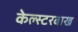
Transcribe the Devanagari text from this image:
केल्स्टरबाख